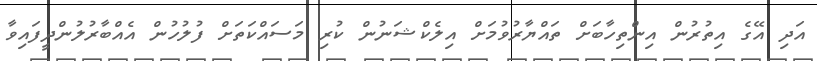
އަދި އޭގެ އިތުރުން އިންތިހާބަށް ތައްޔާރުވުމަށް އިލެކްޝަނުން ކުރި މަސައްކަތަށް ފުލުހުން އެއްބާރުލުންދީފައިވާ